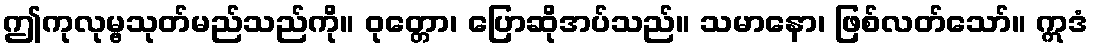
ဤကုလုမ္ဗသုတ်မည်သည်ကို။ ဝုတ္တော၊ ပြောဆိုအပ်သည်။ သမာနော၊ ဖြစ်လတ်သော်။ ဣဒံ